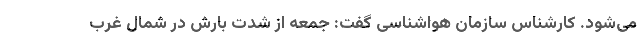
می‌شود. کارشناس سازمان هواشناسی گفت: جمعه از شدت بارش در شمال غرب